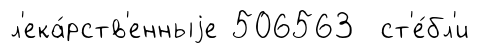
л'ека́рств'енныjе 506563 ст'е́бл'и